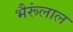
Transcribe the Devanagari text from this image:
भैरूंलाल